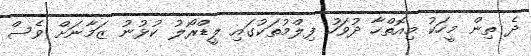
ދެ ތިން މީހަކު މިއޮތްހާ ދުވަހު ފިލްމުތަކުގައި ލީޑްރޯލު ކުޅުނު ޒަމާނަށް ވެސް